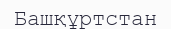
Башқұртстан